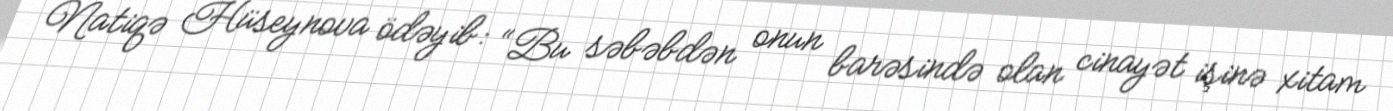
Natiqə Hüseynova ödəyib: “Bu səbəbdən onun barəsində olan cinayət işinə xitam